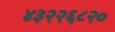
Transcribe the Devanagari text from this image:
४३२२६८२०